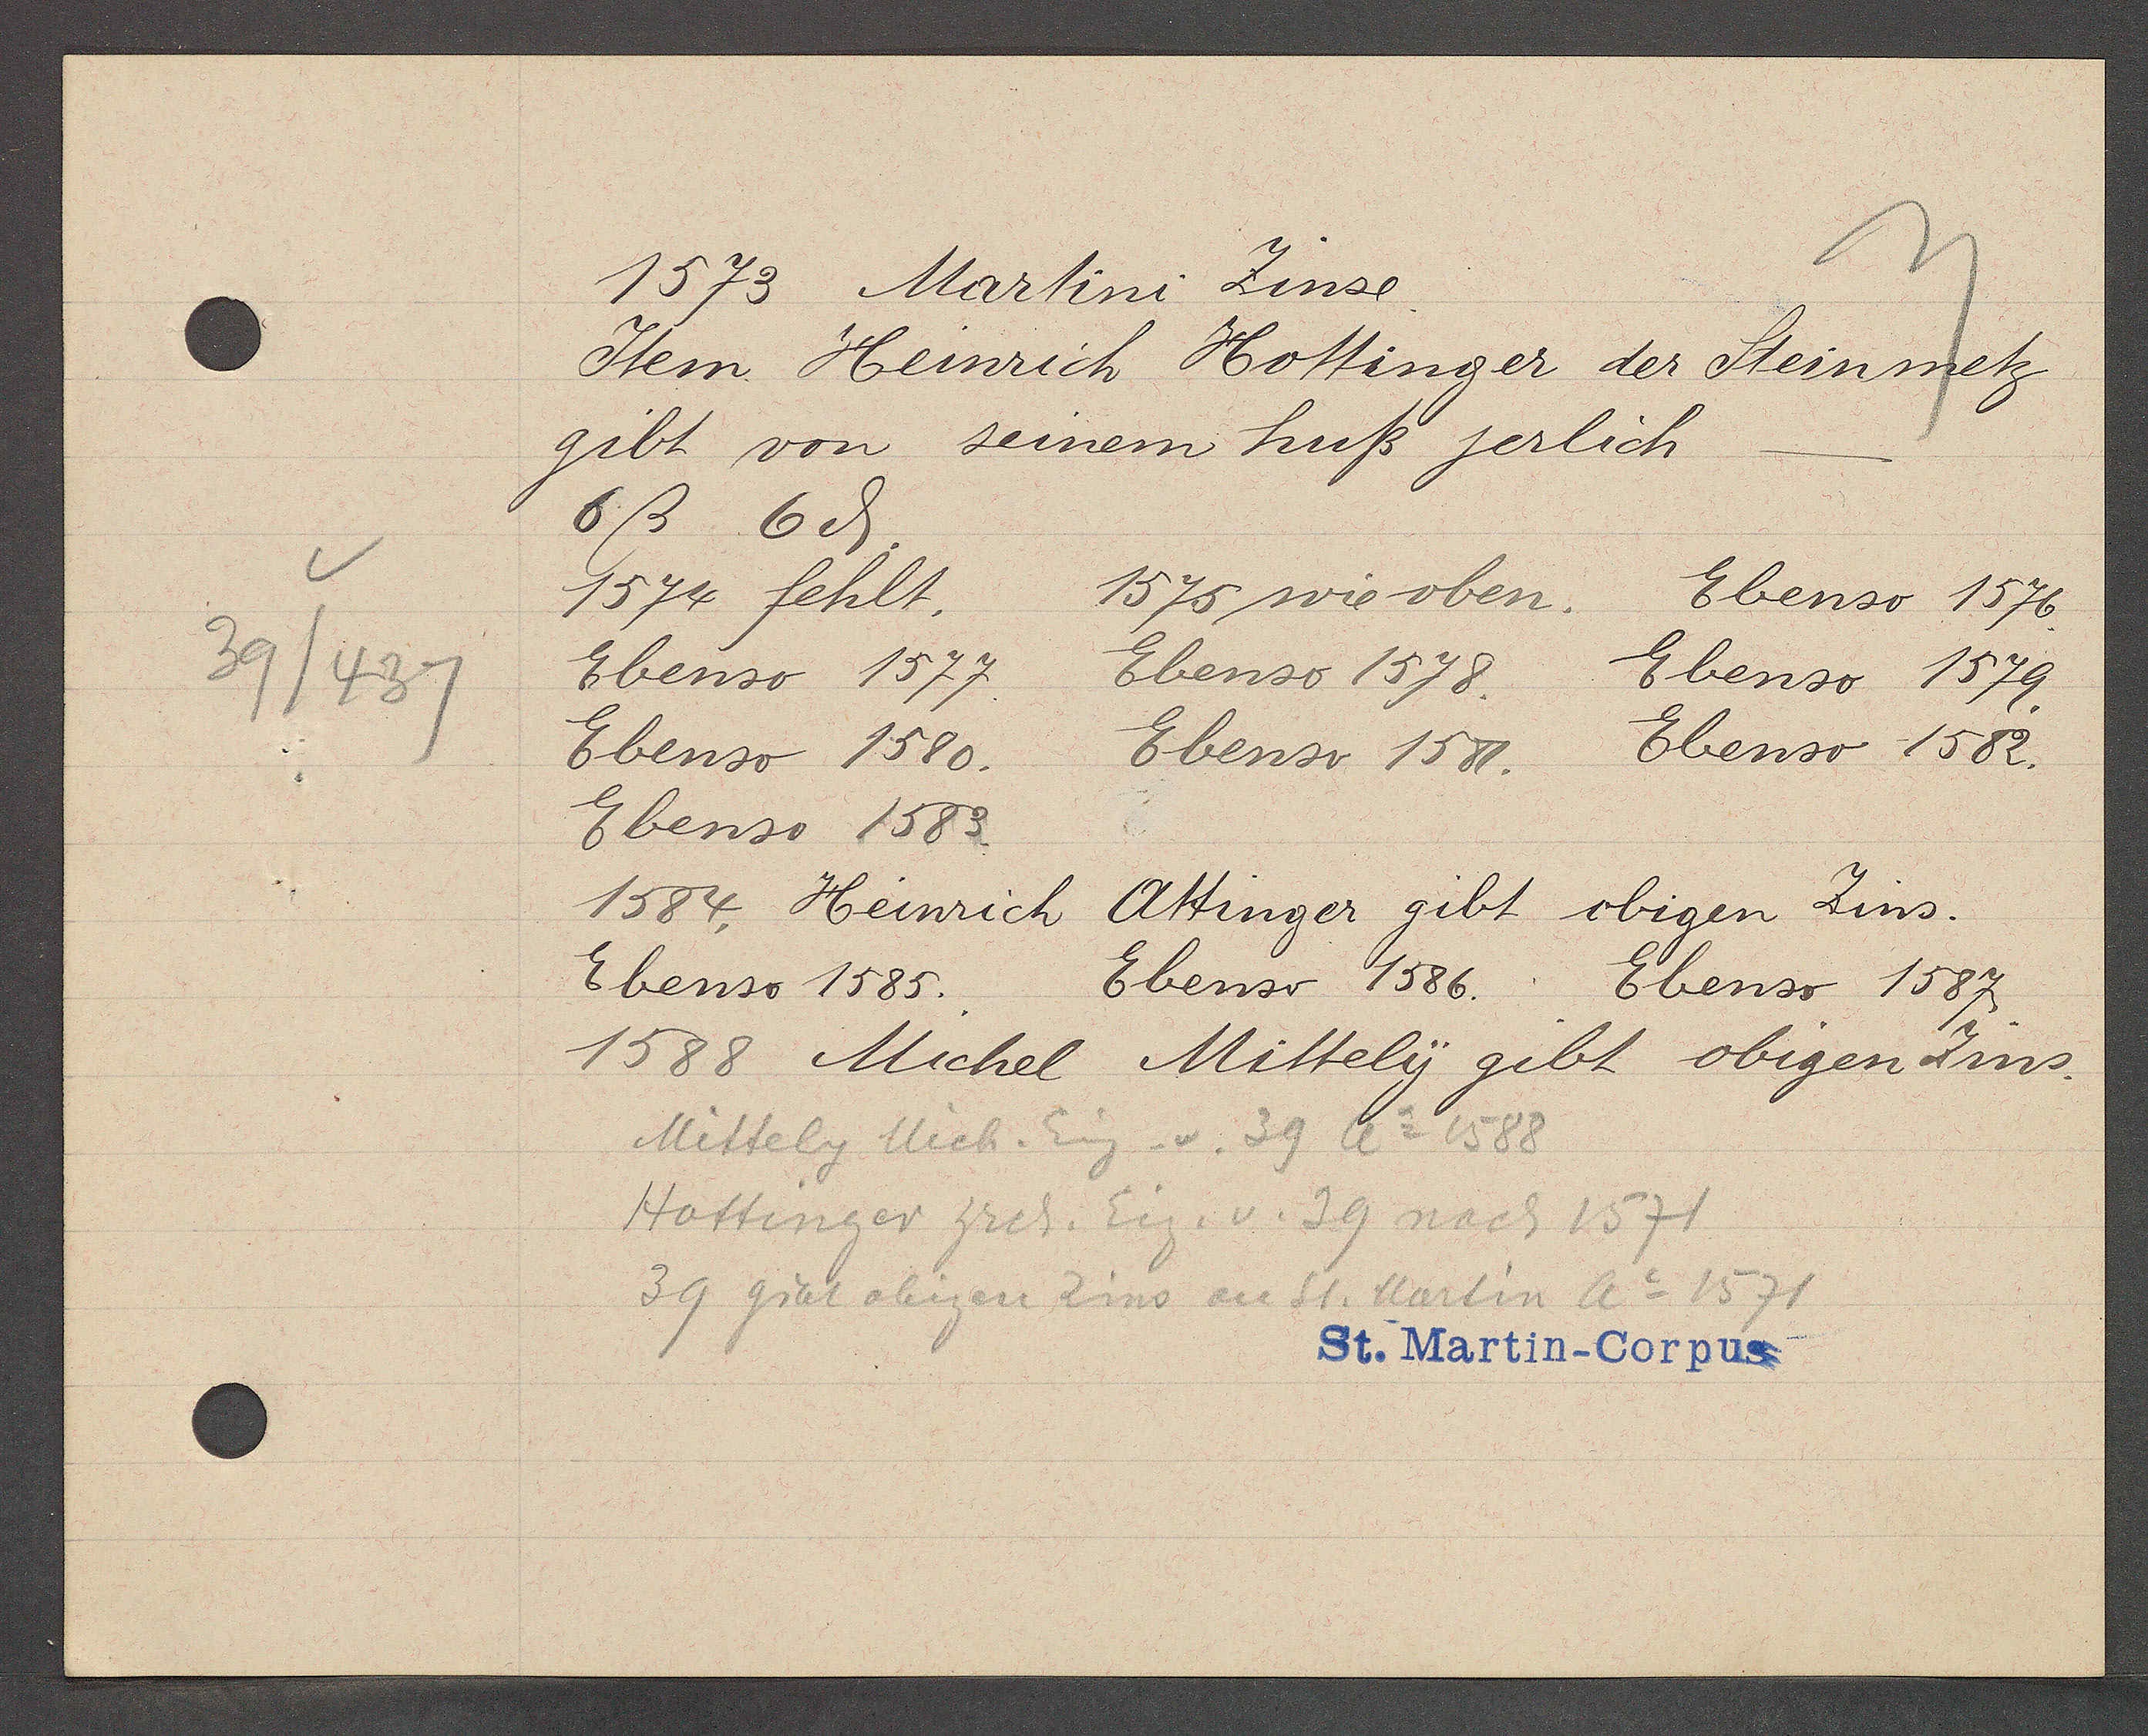
Transcript:
39/437

1573 Martini Zinse.

Item Heinrich Hottinger der Steinmetz
gibt von seinem huß jerlich
6ß 6ȡ.
1575 wie oben.
Ebenso 1576.
1574 fehlt.
Ebenso 1577.
Ebenso 1578.
Ebenso 1579.
Ebenso 1580.
Ebenso 1581.
Ebenso 1582.
Ebenso 1583.
1584. Heinrich
Attinger gibt obigen Zins.
Ebenso 1585.
Ebenso 1586.
Ebenso 1587.
1588 Michel Mittely gibt obigen Zins.

Mittely Mich. Eig. v. 39 Ao 1588
Hottinger hrch. Eig. v. 39 nach 1571
39 gibt obigen Zins an St. Martin Ao 1571

St. Martin-Corpus